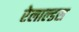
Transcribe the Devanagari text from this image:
रेलाल्डस